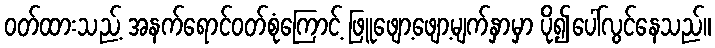
ဝတ်ထားသည့် အနက်ရောင်ဝတ်စုံကြောင့် ဖြူဖျော့ဖျော့မျက်နှာမှာ ပို၍ပေါ်လွင်နေသည်။